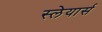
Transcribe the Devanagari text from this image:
स्लेयार्स